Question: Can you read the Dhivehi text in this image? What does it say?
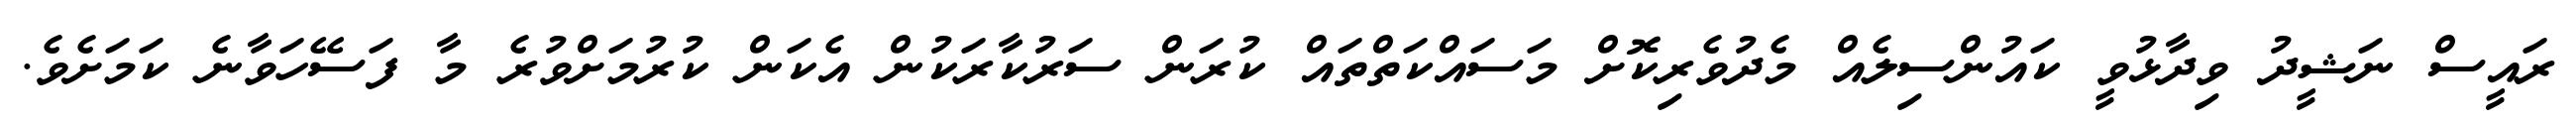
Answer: ރައީސް ނަޝީދު ވިދާޅުވީ ކައުންސިލެއް މެދުވެރިކޮށް މަސައްކަތްތައް ކުރަން ސަރުކާރަކުން އެކަން ކުރުމަށްވުރެ މާ ފަސޭހަވާނެ ކަމަށެވެ.